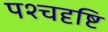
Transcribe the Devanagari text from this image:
पश्चदृष्टि